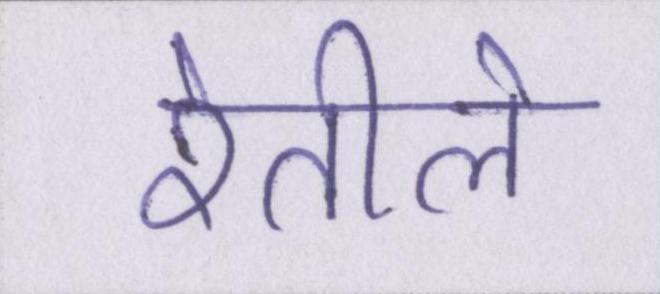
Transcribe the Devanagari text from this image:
रेतीले